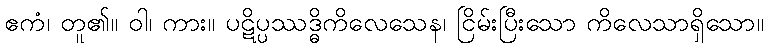
ဧကံ၊ တူ၏။ ဝါ၊ ကား။ ပဋိပ္ပဿဒ္ဓိကိလေသေန၊ ငြိမ်းပြီးသော ကိလေသာရှိသော။